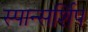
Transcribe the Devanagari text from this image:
स्पान्सर्शिप